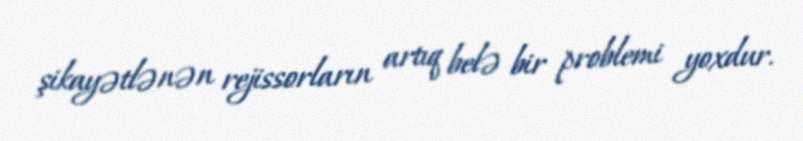
şikayətlənən rejissorların artıq belə bir problemi yoxdur.